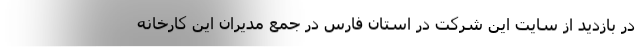
در بازدید از سایت این شرکت در استان فارس در جمع مدیران این کارخانه